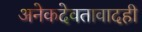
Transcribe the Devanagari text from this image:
अनेकदेवतावादही